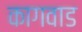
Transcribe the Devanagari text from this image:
कागवाड